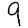
Digit: 9